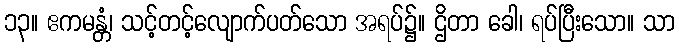
၁၃။ ဧကမန္တံ၊ သင့်တင့်လျောက်ပတ်သော အရပ်၌။ ဌိတာ ခေါ၊ ရပ်ပြီးသော။ သာ